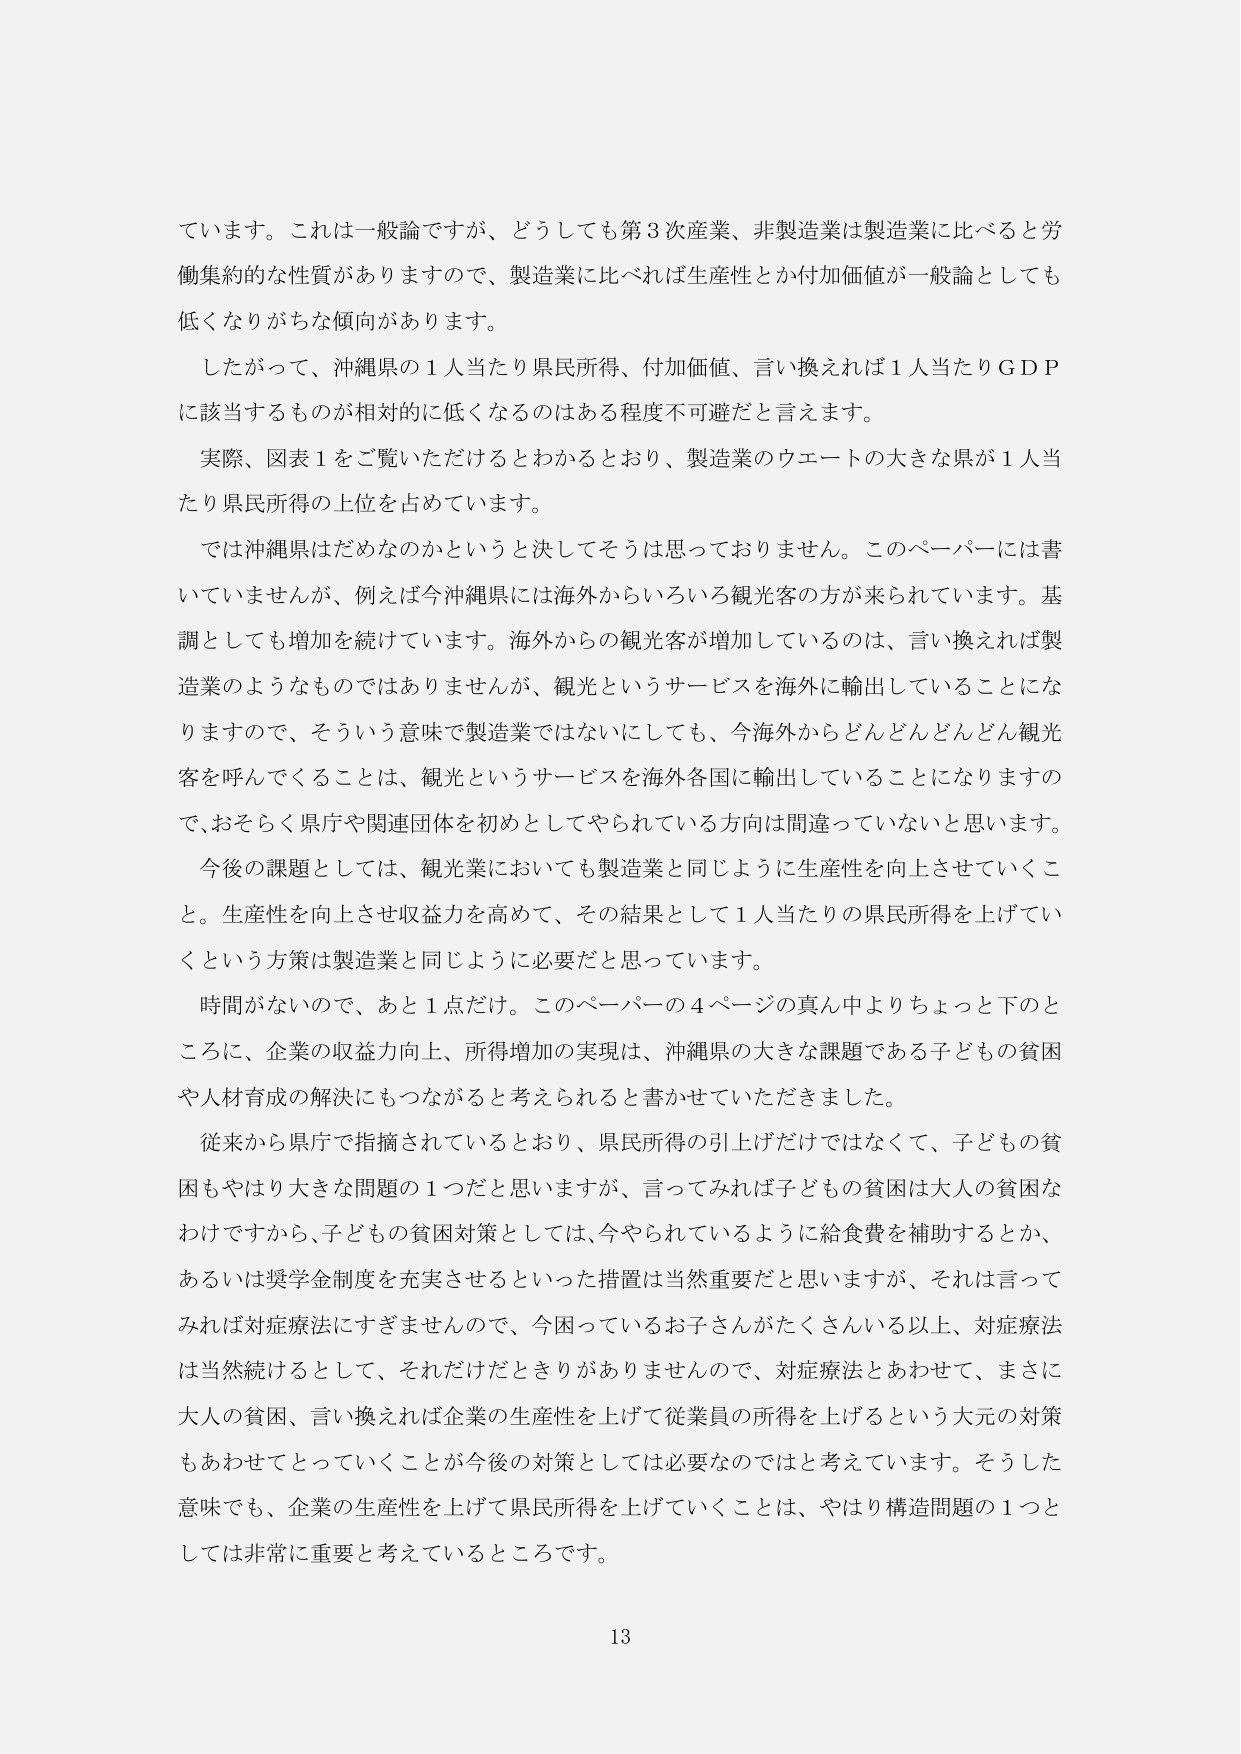
ています。これは一般論ですが、どうしても第3次産業、非製造業は製造業に比べると労働集約的な性質がありますので、製造業に比べれば生産性とか付加価値が一般論としても低くなりがちな傾向があります。

したがって、沖縄県の1人当たり県民所得、付加価値、言い換えれば1人当たりGDPに該当するものが相対的に低くなるのはある程度不可避だと言えます。

実際、図表1をご覧いただけるとわかるとおり、製造業のウエートの大きな県が1人当たり県民所得の上位を占めています。

では沖縄県はだめなのかというと決してそうは思っておりません。このペーパーには書いていませんが、例えば今沖縄県には海外からいろいろ観光客の方が来られています。基調としても増加を続けています。海外からの観光客が増加しているのは、言い換えれば製造業のようなものではありませんが、観光というサービスを海外に輸出していることになりますので、そういう意味で製造業ではないにしても、今海外からどんどんどんどん観光客を呼んでくることは、観光というサービスを海外各国に輸出していることになりますので、おそらく県庁や関連団体を初めとしてやられている方向は間違っていないと思います。

今後の課題としては、観光業においても製造業と同じように生産性を向上させていくこと。生産性を向上させ収益力を高めて、その結果として1人当たりの県民所得を上げていくという方策は製造業と同じように必要だと思っています。

時間がないので、あと1点だけ。このペーパーの4ページの真ん中よりちょっと下のところに、企業の収益力向上、所得増加の実現は、沖縄県の大きな課題である子どもの貧困や人材育成の解決にもつながると考えられると書かせていただきました。

従来から県庁で指摘されているとおり、県民所得の引上げだけではなくて、子どもの貧困もやはり大きな問題の1つだと思いますが、言ってみれば子どもの貧困は大人の貧困なわけですから、子どもの貧困対策としては、今やられているように給食費を補助するとか、あるいは奨学金制度を充実させるといった措置は当然重要だと思いますが、それは言ってみれば対症療法にすぎませんので、今困っているお子さんがたくさんいる以上、対症療法は当然続けるとして、それだけだときりがありませんので、対症療法とあわせて、まさに大人の貧困、言い換えれば企業の生産性を上げて従業員の所得を上げるという大元の対策もあわせてとっていくことが今後の対策としては必要なのはと考えています。そうした意味でも、企業の生産性を上げて県民所得を上げていくことは、やはり構造問題の1つとしては非常に重要と考えているところです。

13